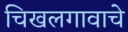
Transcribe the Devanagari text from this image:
चिखलगावाचे